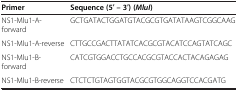
<table><thead><tr><td><b>Primer</b></td><td><b>Sequence (5′ – 3′) ( <i>MluI </i>)</b></td></tr></thead><tbody><tr><td>NS1-Mlu1-A-forward</td><td>GCTGATACTGGATGTACGCGTGATATAAGTCGGCAAG</td></tr><tr><td>NS1-Mlu1-A-reverse</td><td>CTTGCCGACTTATATCACGCGTACATCCAGTATCAGC</td></tr><tr><td>NS1-Mlu1-B-forward</td><td>CATCGTGGACCTGCCACGCGTACCACTACAGAGAG</td></tr><tr><td>NS1-Mlu1-B-reverse</td><td>CTCTCTGTAGTGGTACGCGTGGCAGGTCCACGATG</td></tr></tbody></table>